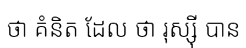
ថា គំនិត ដែល ថា រុស្ស៊ី បាន